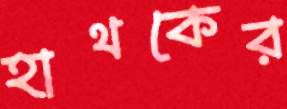
হাথকের